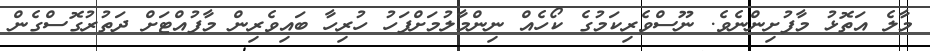
މާލެ އަތޮޅު މާފުށިންނެވެ. ނޫސްވެރިކަމުގެ ކޯހެއް ނިންމާލުމަށްފަހު ހުރިހާ ބައިވެރިން މާފުއްޓަށް ދަތުރުގޮސްގެން